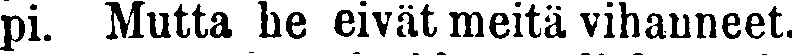
pi. Mutta he eivät meitä vihanneet.